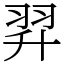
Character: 𦐒